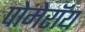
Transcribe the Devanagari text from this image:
पोमेरॉय